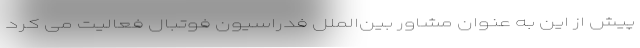
پیش از این به عنوان مشاور بین‌الملل فدراسیون فوتبال فعالیت می کرد